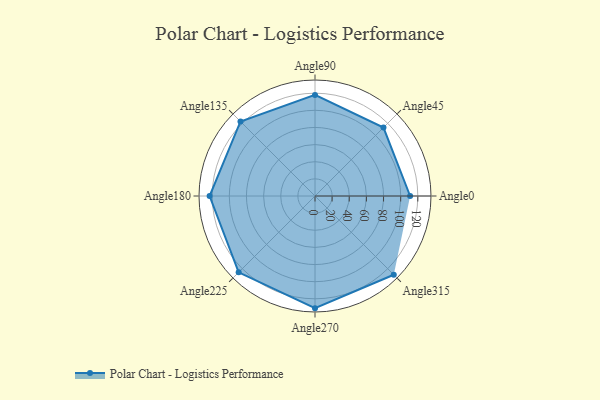
{"axis": {"x": "Angle", "y": "Radius"}, "legend": [""], "data": [{"x": "Angle0", "y": 111.0, "type": ""}, {"x": "Angle45", "y": 113.0, "type": ""}, {"x": "Angle90", "y": 118.0, "type": ""}, {"x": "Angle135", "y": 123.0, "type": ""}, {"x": "Angle180", "y": 123.0, "type": ""}, {"x": "Angle225", "y": 126.0, "type": ""}, {"x": "Angle270", "y": 131.0, "type": ""}, {"x": "Angle315", "y": 130.0, "type": ""}]}